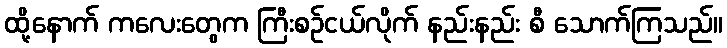
ထို့နောက် ကလေးတွေက ကြီးစဉ်ငယ်လိုက် နည်းနည်း စီ သောက်ကြသည်။